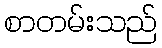
စာတမ်းသည်